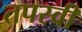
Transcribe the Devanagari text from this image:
तपस्‍वी